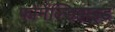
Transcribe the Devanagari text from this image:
फोर्मेल्डिहाइड